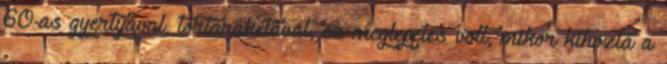
60-as gyertyával, tortarakétával, ez meglepetés volt, mikor kihozta a